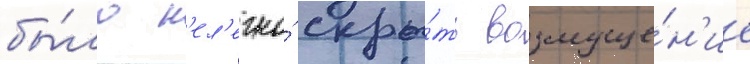
бы́ло н'ел'егко́ скры́ть возмуще́н'ие